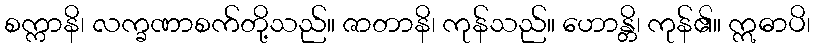
စက္ကာနိ၊ လက္ခဏာစက်တို့သည်။ ဇာတာနိ၊ ကုန်သည်။ ဟောန္တိ၊ ကုန်၏။ ဣဓာပိ၊